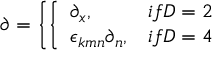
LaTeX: \partial = \left\{ \left\{ \begin{array} { l l } { { \partial _ { x } , } } & { { i f D = 2 } } \\ { { \epsilon _ { k m n } \partial _ { n } , } } & { { i f D = 4 } } \end{array} \right. \right.